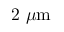
2 \ \mu \mathrm { m }